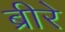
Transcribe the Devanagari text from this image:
ब्रीरे